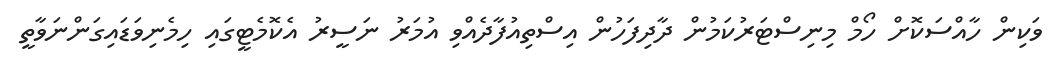
ވަކިން ހާއްސަކޮށް ހޯމް މިނިސްޓަރުކަމުން ދާދިފަހުން އިސްތިއުފާދެއްވި އުމަރު ނަސީރު އެކޮމެޓީގައި ހިމެނިވަޑައިގަންނަވާތީ